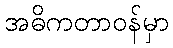
အဓိကတာဝန်မှာ